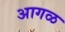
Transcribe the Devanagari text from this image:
अागळ